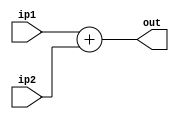
//N bit parameterized adder
module adder #(parameter N=32)(out,ip1,ip2);
 input [N-1:0]ip1,ip2; //N bit inputs
 output reg[N-1:0]out;

 always@(*)
 begin
	out = ip1+ip2;
 end
 
endmodule